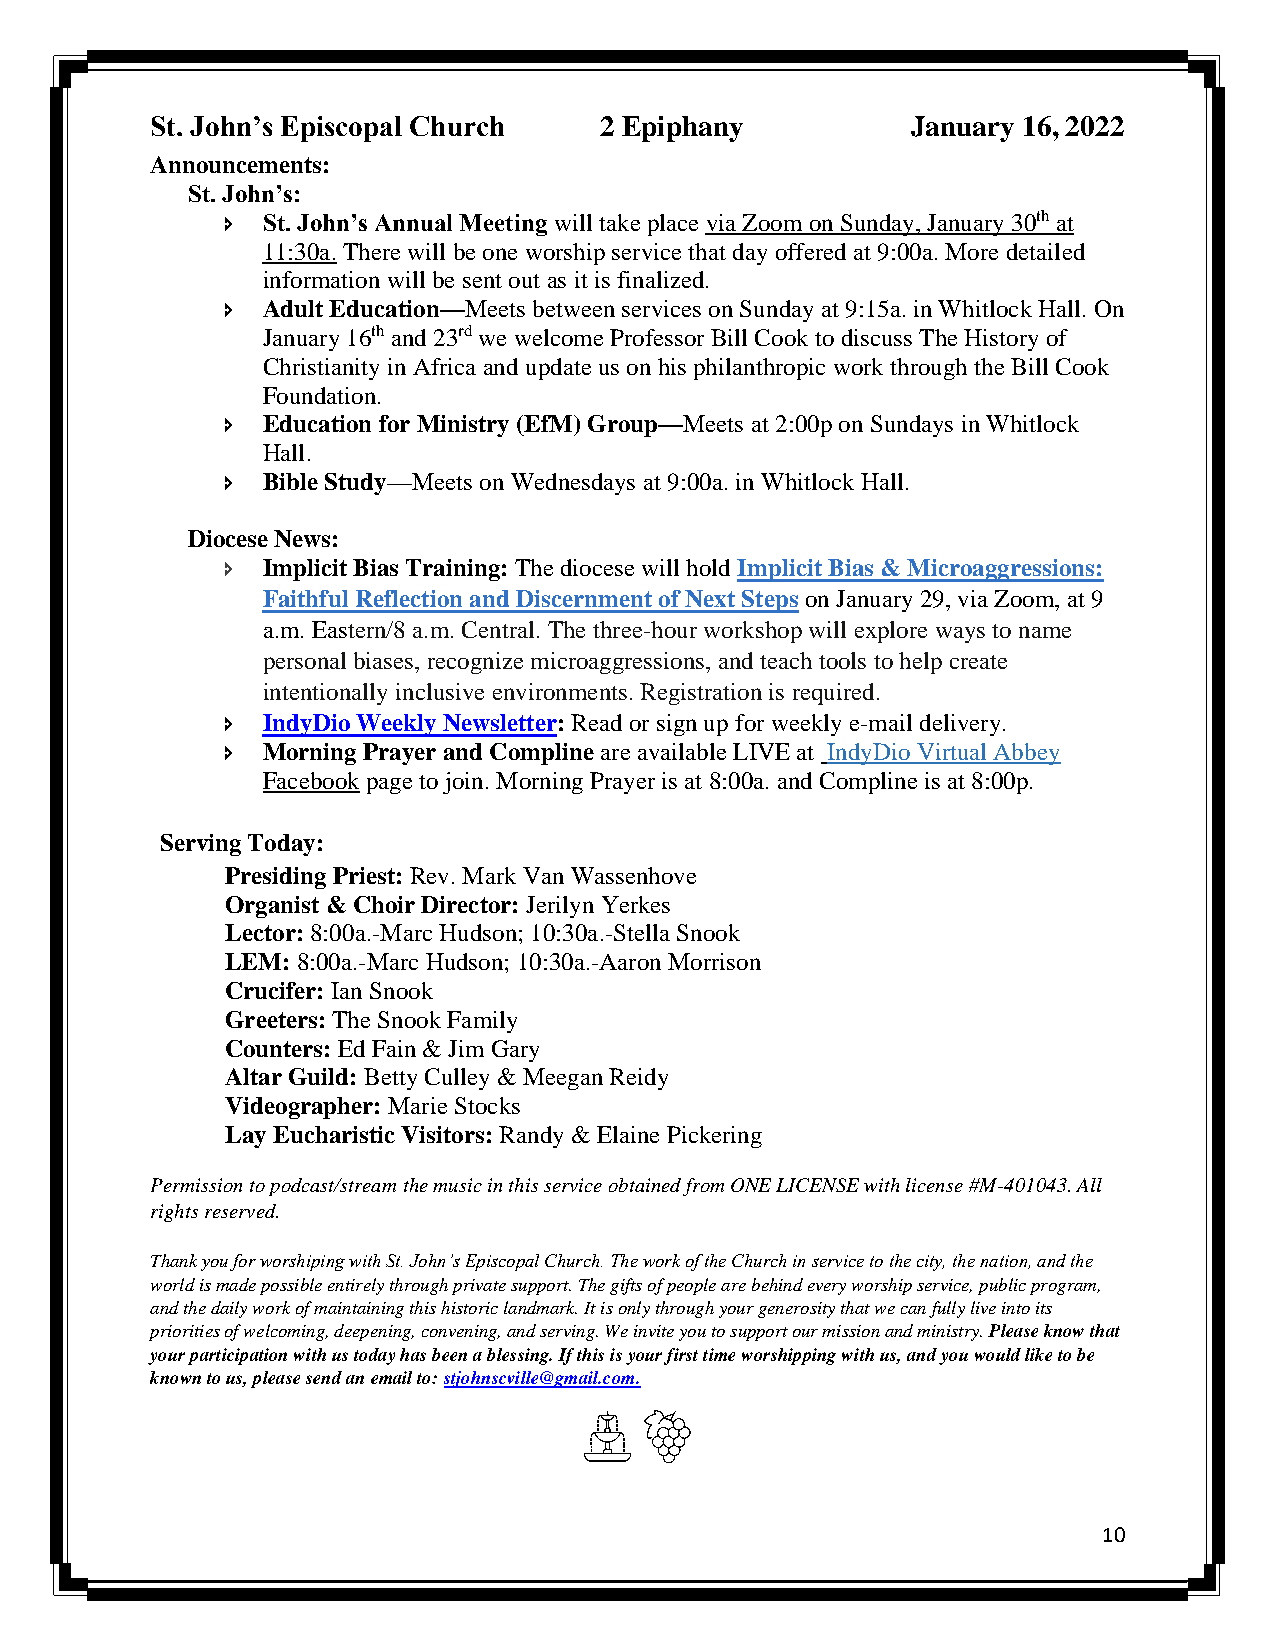
St. John’s Episcopal Church   2 Epiphany          January 16, 2022
 Announcements:
 St. John’s:
  St. John’s Annual Meeting will take place via Zoom on Sunday, January 30th at
 11:30a. There will be one worship service that day offered at 9:00a. More detailed
 information will be sent out as it is finalized.
  Adult Education—Meets between services on Sunday at 9:15a. in Whitlock Hall. On
 January 16th and 23rd we welcome Professor Bill Cook to discuss The History of
 Christianity in Africa and update us on his philanthropic work through the Bill Cook
 Foundation.
  Education for Ministry (EfM) Group—Meets at 2:00p on Sundays in Whitlock
 Hall.
  Bible Study—Meets on Wednesdays at 9:00a. in Whitlock Hall.
 Diocese News:
  Implicit Bias Training: The diocese will hold Implicit Bias & Microaggressions:
 Faithful Reflection and Discernment of Next Steps on January 29, via Zoom, at 9
 a.m. Eastern/8 a.m. Central. The three-hour workshop will explore ways to name
 personal biases, recognize microaggressions, and teach tools to help create
 intentionally inclusive environments. Registration is required.
  IndyDio Weekly Newsletter: Read or sign up for weekly e-mail delivery.
  Morning Prayer and Compline are available LIVE at IndyDio Virtual Abbey
 Facebook page to join. Morning Prayer is at 8:00a. and Compline is at 8:00p.
 Serving Today:
 Presiding Priest: Rev. Mark Van Wassenhove
 Organist & Choir Director: Jerilyn Yerkes
 Lector: 8:00a.-Marc Hudson; 10:30a.-Stella Snook
 LEM: 8:00a.-Marc Hudson; 10:30a.-Aaron Morrison
 Crucifer: Ian Snook
 Greeters: The Snook Family
 Counters: Ed Fain & Jim Gary
 Altar Guild: Betty Culley & Meegan Reidy
 Videographer: Marie Stocks
 Lay Eucharistic Visitors: Randy & Elaine Pickering
 Permission to podcast/stream the music in this service obtained from ONE LICENSE with license #M-401043. All
 rights reserved.
 Thank you for worshiping with St. John’s Episcopal Church. The work of the Church in service to the city, the nation, and the
 world is made possible entirely through private support. The gifts of people are behind every worship service, public program,
 and the daily work of maintaining this historic landmark. It is only through your generosity that we can fully live into its
 priorities of welcoming, deepening, convening, and serving. We invite you to support our mission and ministry. Please know that
 your participation with us today has been a blessing. If this is your first time worshipping with us, and you would like to be
 known to us, please send an email to: stjohnscville@gmail.com.
 10